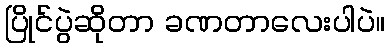
ပြိုင်ပွဲဆိုတာ ခဏတာလေးပါပဲ။